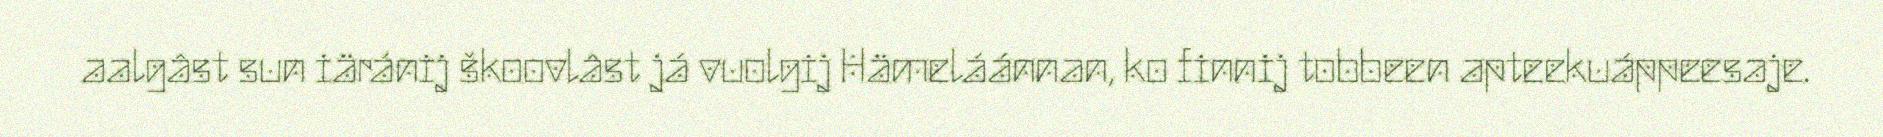
aalgâst sun iäránij škoovlâst já vuolgij Hämeláánnan, ko finnij tobbeen apteekuáppeesaje.